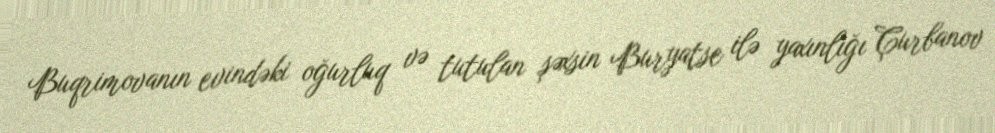
Buqrimovanın evindəki oğurluq və tutulan şəxsin Buryatse ilə yaxınlığı Çurbanov